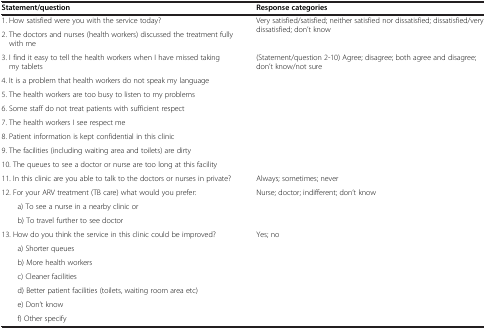
<table><thead><tr><td><b>Statement/question</b></td><td><b>Response categories</b></td></tr></thead><tbody><tr><td>1. How satisfied were you with the service today?</td><td rowspan="2">Very satisfied/satisfied; neither satisfied nor dissatisfied; dissatisfied/very dissatisfied; don’t know</td></tr><tr><td>2. The doctors and nurses (health workers) discussed the treatment fully with me</td></tr><tr><td>3. I find it easy to tell the health workers when I have missed taking my tablets</td><td rowspan="5">(Statement/question 2-10) Agree; disagree; both agree and disagree; don’t know/not sure</td></tr><tr><td>4. It is a problem that health workers do not speak my language</td></tr><tr><td>5. The health workers are too busy to listen to my problems</td></tr><tr><td>6. Some staff do not treat patients with sufficient respect</td></tr><tr><td>7. The health workers I see respect me</td></tr><tr><td>8. Patient information is kept confidential in this clinic</td><td rowspan="2"> </td></tr><tr><td>9. The facilities (including waiting area and toilets) are dirty</td></tr><tr><td>10. The queues to see a doctor or nurse are too long at this facility</td><td> </td></tr><tr><td>11. In this clinic are you able to talk to the doctors or nurses in private?</td><td>Always; sometimes; never</td></tr><tr><td>12. For your ARV treatment (TB care) what would you prefer:</td><td rowspan="3">Nurse; doctor; indifferent; don’t know</td></tr><tr><td>a) To see a nurse in a nearby clinic or</td></tr><tr><td>b) To travel further to see doctor</td></tr><tr><td>13. How do you think the service in this clinic could be improved?</td><td rowspan="7">Yes; no</td></tr><tr><td>a) Shorter queues</td></tr><tr><td>b) More health workers</td></tr><tr><td>c) Cleaner facilities</td></tr><tr><td>d) Better patient facilities (toilets, waiting room area etc)</td></tr><tr><td>e) Don’t know</td></tr><tr><td>f) Other specify</td></tr></tbody></table>